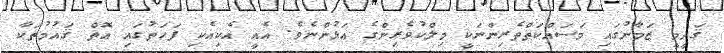
ޤަދީމީ ޒަމާނުގައި މަސައްކަތްތެރިންނަކީ މިލްކުވެރިންގެ އަޅުންނެވެ. އެއީ އެކިއެކި ފަހަތުގައި އޮތް ޤައުމުތަކާ